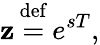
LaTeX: \mathbf{z}{\stackrel{\mathrm{{def}}}{{}={}}}e^{sT},